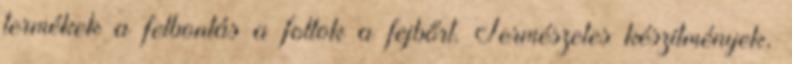
termékek a felbontás a foltok a fejbőrt. Természetes készítmények,